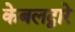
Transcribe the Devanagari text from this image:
केबलद्वारे